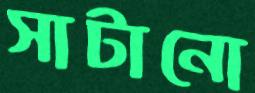
সাটানো